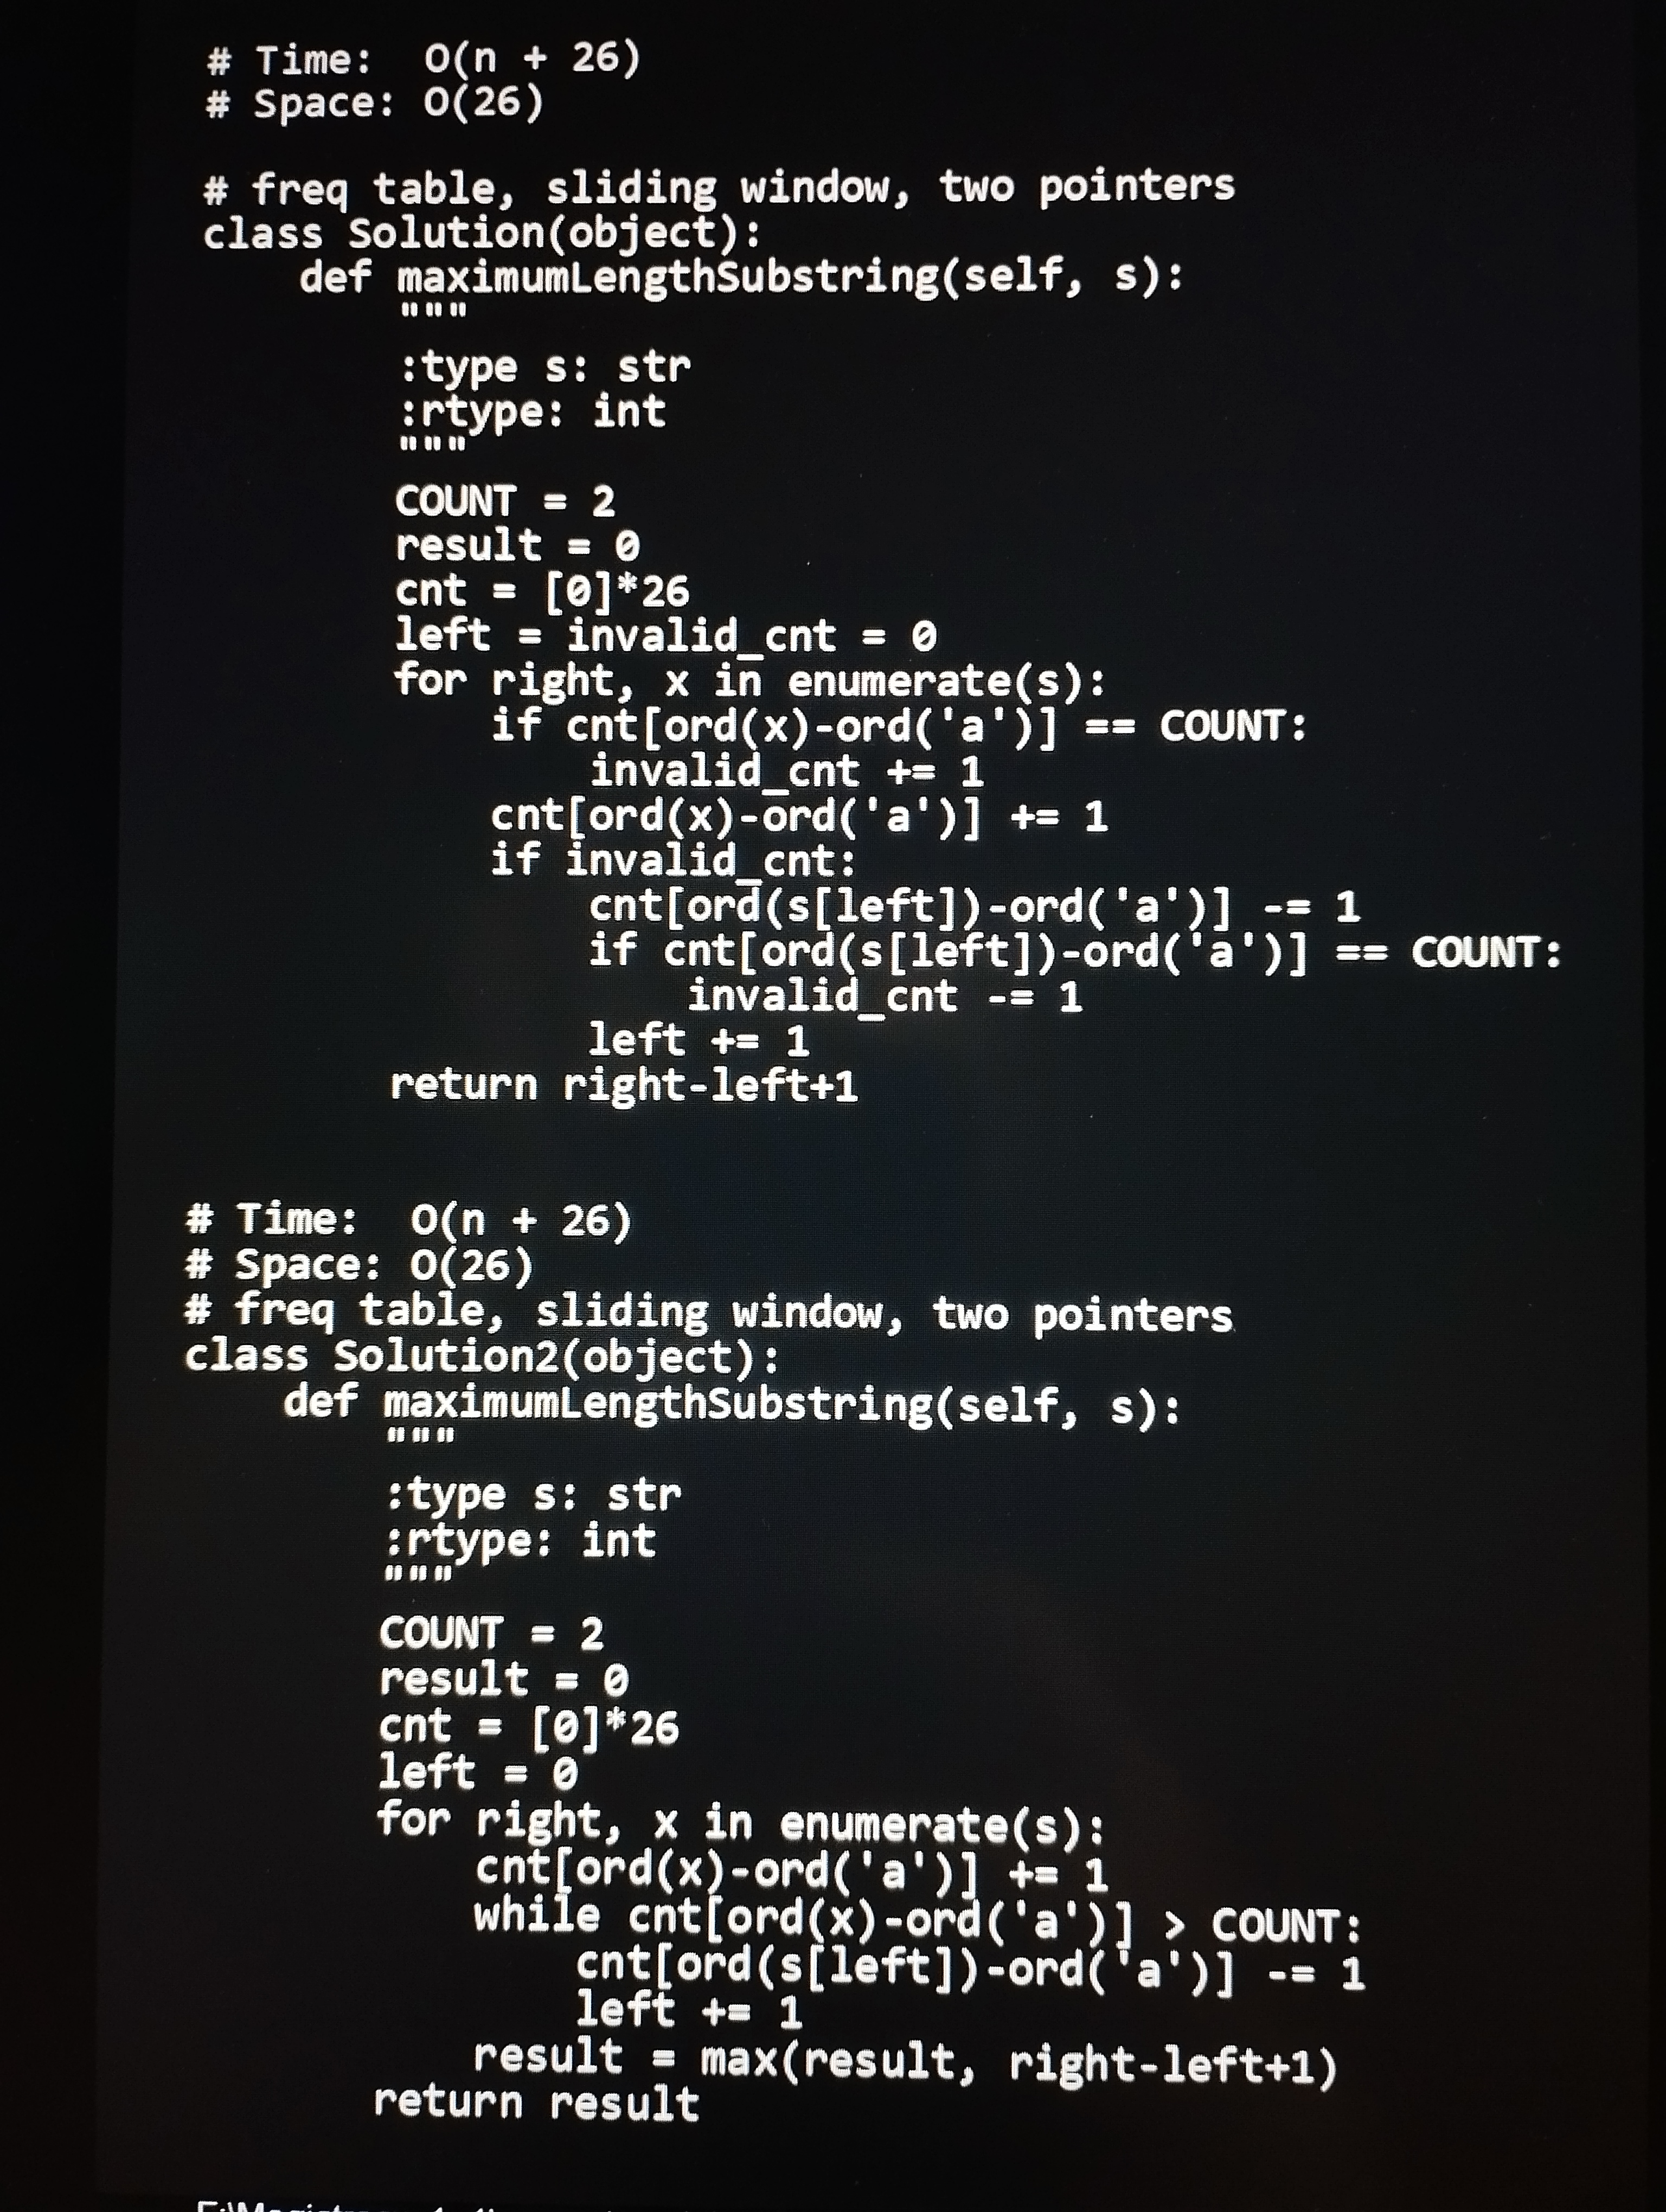
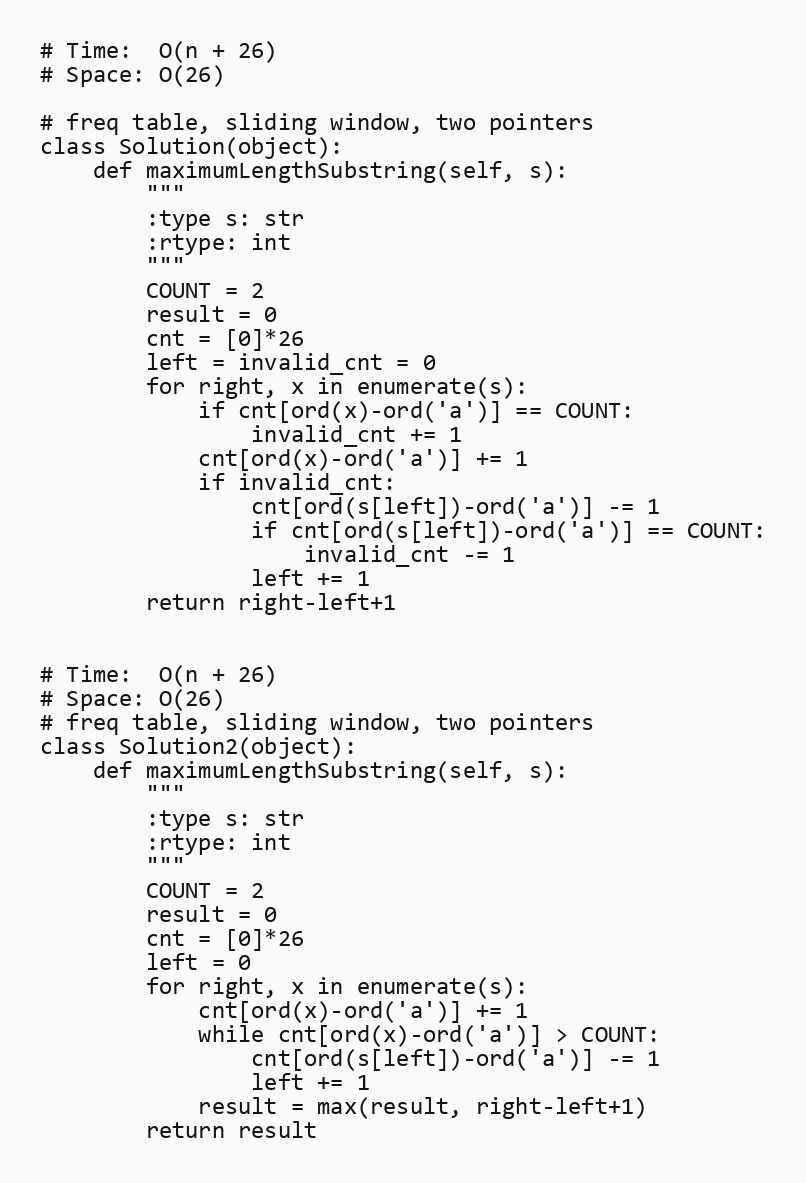
# Time:  O(n + 26)
# Space: O(26)

# freq table, sliding window, two pointers
class Solution(object):
    def maximumLengthSubstring(self, s):
        """
        :type s: str
        :rtype: int
        """
        COUNT = 2
        result = 0
        cnt = [0]*26
        left = invalid_cnt = 0
        for right, x in enumerate(s):
            if cnt[ord(x)-ord('a')] == COUNT:
                invalid_cnt += 1
            cnt[ord(x)-ord('a')] += 1
            if invalid_cnt:
                cnt[ord(s[left])-ord('a')] -= 1
                if cnt[ord(s[left])-ord('a')] == COUNT:
                    invalid_cnt -= 1
                left += 1
        return right-left+1

# Time:  O(n + 26)
# Space: O(26)
# freq table, sliding window, two pointers
class Solution2(object):
    def maximumLengthSubstring(self, s):
        """
        :type s: str
        :rtype: int
        """
        COUNT = 2
        result = 0
        cnt = [0]*26
        left = 0
        for right, x in enumerate(s):
            cnt[ord(x)-ord('a')] += 1
            while cnt[ord(x)-ord('a')] > COUNT:
                cnt[ord(s[left])-ord('a')] -= 1
                left += 1
            result = max(result, right-left+1)
        return result